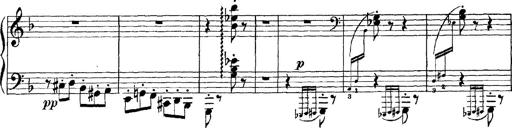
Title: Scherzo und Marsch
Composer: Franz Liszt